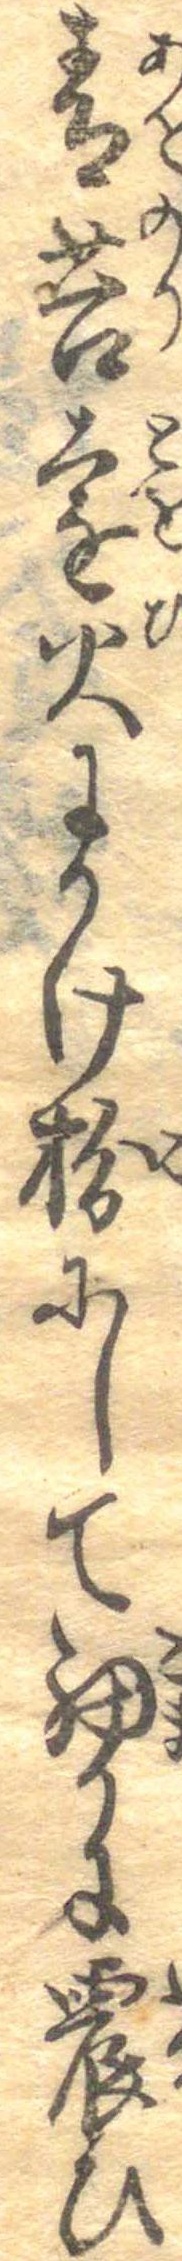
青苔遠火にかけ粉にして細かに震ひ